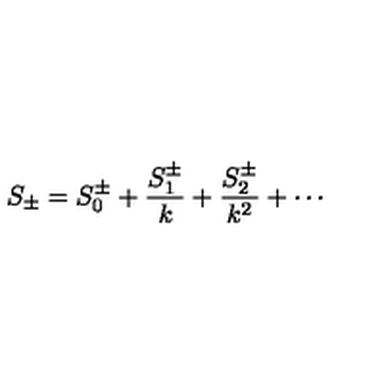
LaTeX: S _ { \pm } = S _ { 0 } ^ { \pm } + \frac { S _ { 1 } ^ { \pm } } { k } + \frac { S _ { 2 } ^ { \pm } } { k ^ { 2 } } + \cdots